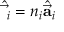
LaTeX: { \hat { \vec { \mathbf { \tau } } } } _ { i } = n _ { i } { \hat { \vec { \mathbf { a } } } } _ { i }